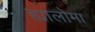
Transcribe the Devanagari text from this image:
ह्यालोमा